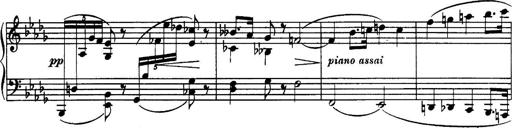
Title: 3 Sonatinas, Op.67
Composer: Jean Sibelius